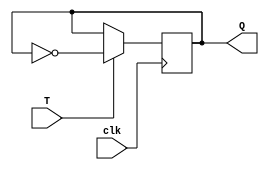
module T_flip_flop (
    input T,
    input clk,
    output reg Q
);

always @(posedge clk)
begin
    if (T)
        Q <= ~Q; // Toggle the output state if T is asserted
end

endmodule